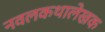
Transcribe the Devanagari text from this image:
नवलकथालेखक